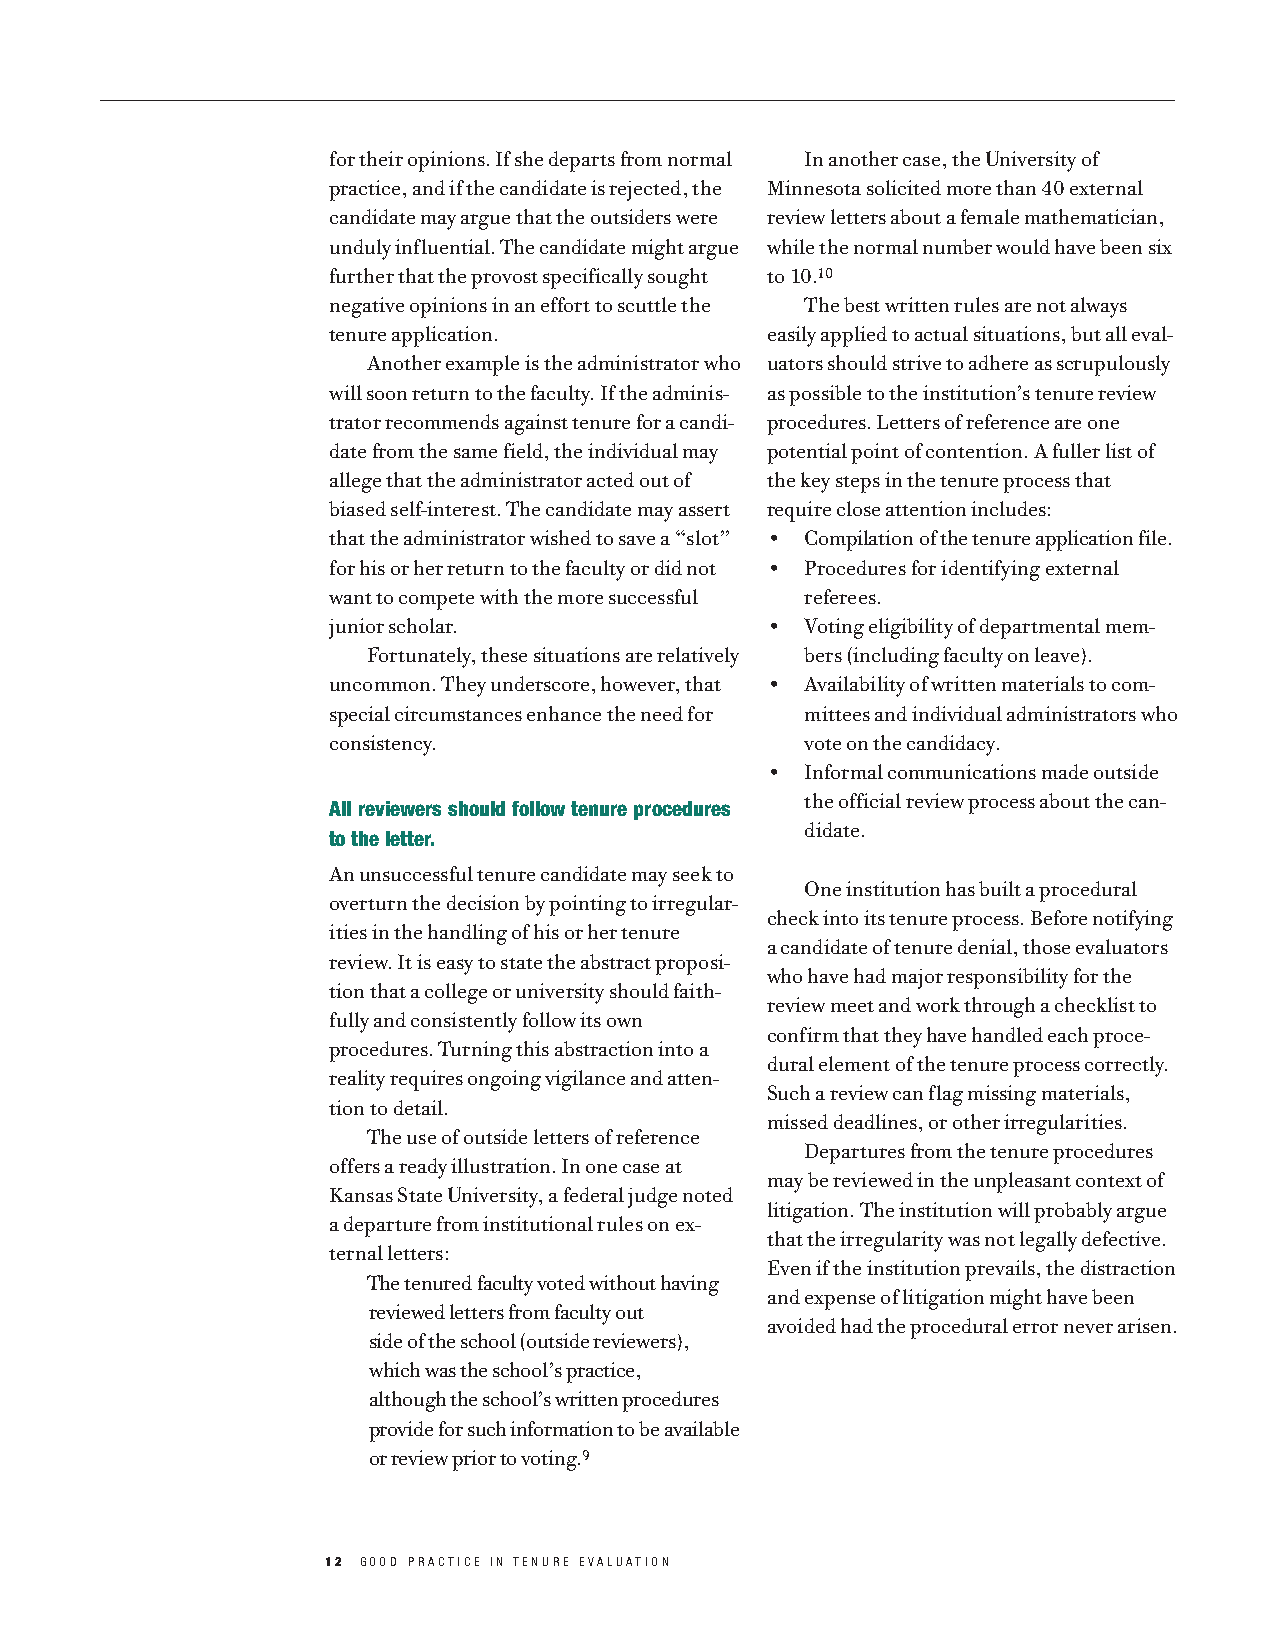
for their opinions. If she departs from normal In another case, the University of
 practice, and if the candidate is rejected, the Minnesota solicited more than 40 external
 candidate may argue that the outsiders were review letters about a female mathematician,
 unduly influential. The candidate might argue while the normal number would have been six
 further that the provost specifically sought to 10.10
 negative opinions in an effort to scuttle the The best written rules are not always
 tenure application.          easily applied to actual situations, but all eval-
 Another example is the administrator who uators should strive to adhere as scrupulously
 will soon return to the faculty. If the adminis- as possible to the institution’s tenure review
 trator recommends against tenure for a candi- procedures. Letters of reference are one
 date from the same field, the individual may potential point of contention. A fuller list of
 allege that the administrator acted out of the key steps in the tenure process that
 biased self-interest. The candidate may assert require close attention includes:
 that the administrator wished to save a “slot” • Compilation of the tenure application file.
 for his or her return to the faculty or did not • Procedures for identifying external
 want to compete with the more successful referees.
 junior scholar.              • Voting eligibility of departmental mem-
 Fortunately, these situations are relatively bers (including faculty on leave).
 uncommon. They underscore, however, that • Availability of written materials to com-
 special circumstances enhance the need for mittees and individual administrators who
 consistency.                   vote on the candidacy.
 • Informal communications made outside
 All reviewers should follow tenure procedures the official review process about the can-
 to the letter.                 didate.
 An unsuccessful tenure candidate may seek to
 One institution has built a procedural
 overturn the decision by pointing to irregular-
 check into its tenure process. Before notifying
 ities in the handling of his or her tenure
 a candidate of tenure denial, those evaluators
 review. It is easy to state the abstract proposi-
 who have had major responsibility for the
 tion that a college or university should faith-
 review meet and work through a checklist to
 fully and consistently follow its own
 confirm that they have handled each proce-
 procedures. Turning this abstraction into a
 dural element of the tenure process correctly.
 reality requires ongoing vigilance and atten-
 Such a review can flag missing materials,
 tion to detail.
 missed deadlines, or other irregularities.
 The use of outside letters of reference
 Departures from the tenure procedures
 offers a ready illustration. In one case at
 may be reviewed in the unpleasant context of
 Kansas State University, a federal judge noted
 litigation. The institution will probably argue
 a departure from institutional rules on ex-
 that the irregularity was not legally defective.
 ternal letters:
 Even if the institution prevails, the distraction
 The tenured faculty voted without having
 and expense of litigation might have been
 reviewed letters from faculty out
 avoided had the procedural error never arisen.
 side of the school (outside reviewers),
 which was the school’s practice,
 although the school’s written procedures
 provide for such information to be available
 or review prior to voting.9
 12 GOOD PRACTICE IN TENURE EVALUATION